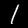
Digit: 1